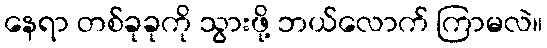
နေရာ တစ်ခုခုကို သွားဖို့ ဘယ်လောက် ကြာမလဲ။